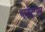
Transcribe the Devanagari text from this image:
प्लेटस